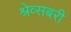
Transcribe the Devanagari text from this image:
श्रेव्सबरी